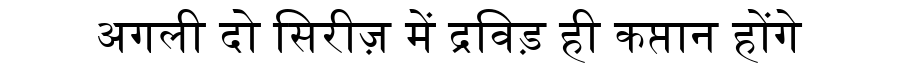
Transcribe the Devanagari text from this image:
अगली दो सिरीज़ में द्रविड़ ही कप्तान होंगे